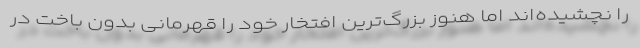
را نچشیده‌اند اما هنوز بزرگ‌ترین افتخار خود را قهرمانی بدون باخت در